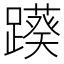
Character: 𨆠